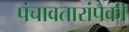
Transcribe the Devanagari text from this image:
पंचावतारांपैकी